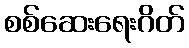
စစ်ဆေးရေးဂိတ်